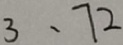
3 、 7 2